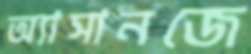
অ্যাসানজে